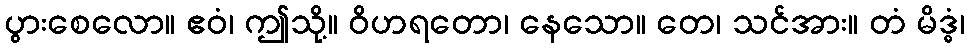
ပွားစေလော။ ဧဝံ၊ ဤသို့။ ဝိဟရတော၊ နေသော။ တေ၊ သင်အား။ တံ မိဒ္ဓံ၊